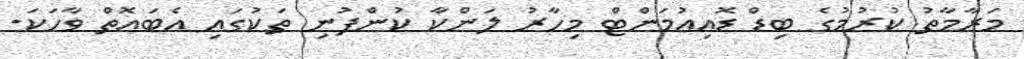
މަރާމާތު ކުރުމުގެ ބިޑް ޑޮއިއުމަންޓް މިހާރު ލަންކާ ކުންފުނި ތަކުގައި އެބައޮތް ވާހަކަ.